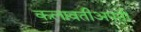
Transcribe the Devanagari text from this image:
कलावतीअपनी